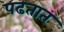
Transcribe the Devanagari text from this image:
पढतात